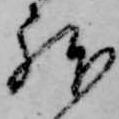
躰